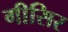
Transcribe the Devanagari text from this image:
गीसिर